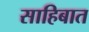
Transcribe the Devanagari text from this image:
साहिबात